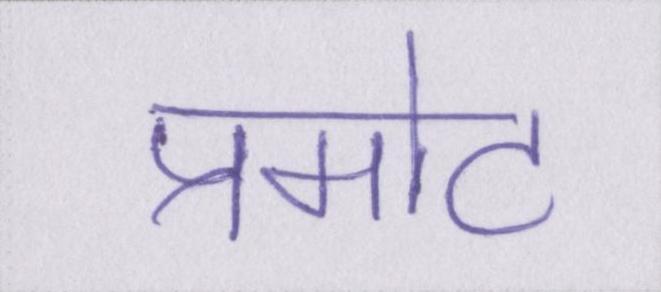
प्रमोट